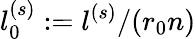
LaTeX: l_{0}^{(s)}:=l^{(s)}/(r_{0}n)